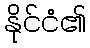
နိုင်ငံ၏